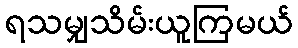
ရသမျှသိမ်းယူကြမယ်